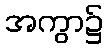
အကွာ၌